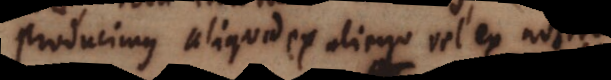
Producimus aliquid ex alieno vel ex nostro,